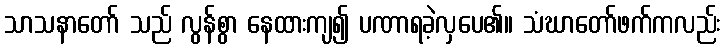
သာသနာတော် သည် လွန်စွာ နေထားကျ၍ ပဏာရခဲ့လှပေ၏။ သံဃာတော်ဖက်ကလည်း